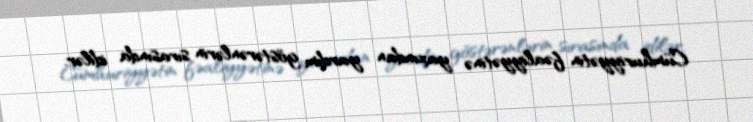
Cümhuriyyətin fəaliyyətinə yaxından yardım göstərənlərin sırasında idilər.